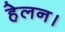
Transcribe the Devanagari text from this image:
हेलन।